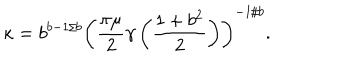
\kappa = b ^ { b - 1 / b } \left( \frac { \pi \mu } { 2 } \gamma \left( \frac { 1 + b ^ { 2 } } { 2 } \right) \right) ^ { - 1 / b } .